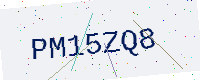
Text: PM15ZQ8